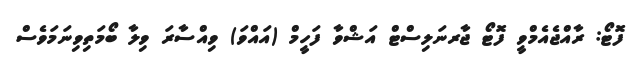
ފޮޓޯ: ރާއްޖެއެމްވީ ފޮޓޯ ޖާރނަލިސްޓް އަޝްވާ ފަހީމް (އައްވަ) ވިއްސާރަ ވިލާ ބޯމަތިވިނަމަވެސް